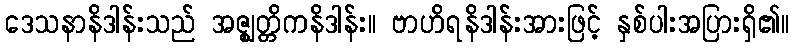
ဒေသနာနိဒါန်းသည် အဇ္ဈတ္တိကနိဒါန်း။ ဗာဟိရနိဒါန်းအားဖြင့် နှစ်ပါးအပြားရှိ၏။